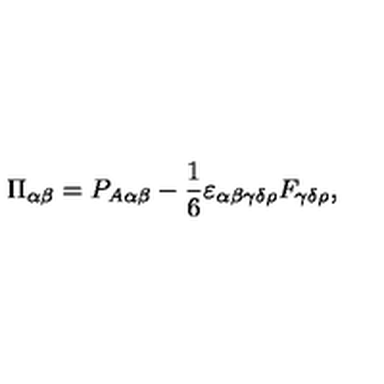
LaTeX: \Pi _ { \alpha \beta } = P _ { A \alpha \beta } - { \frac { 1 } { 6 } } \varepsilon _ { \alpha \beta \gamma \delta \rho } F _ { \gamma \delta \rho } ,